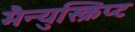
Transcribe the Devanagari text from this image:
मैन्युस्क्रिप्ट